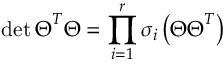
\operatorname* { d e t } \boldsymbol { \Theta } ^ { T } \boldsymbol { \Theta } = \prod _ { i = 1 } ^ { r } \sigma _ { i } \left( \boldsymbol { \Theta } \boldsymbol { \Theta } ^ { T } \right)